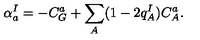
\alpha _ { a } ^ { I } = - C _ { G } ^ { a } + \sum _ { A } ( 1 - 2 q _ { A } ^ { I } ) C _ { A } ^ { a } .